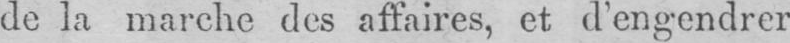
de la marche des affaires, et d’engendrer